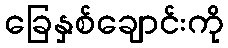
ခြေနှစ်ချောင်းကို